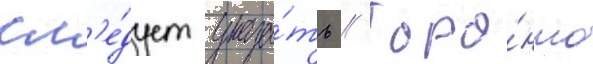
сл'е́дует указа́ть // Торо́нто